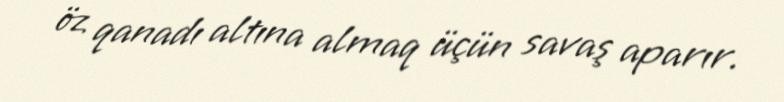
öz qanadı altına almaq üçün savaş aparır.